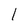
Character: 1